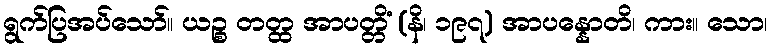
ရွက်ပြအပ်သော်။ ယဉ္စ တတ္ထ အာပတ္တိံ (နိ၊ ၁၉၇) အာပန္နောတိ၊ ကား။ သော၊